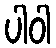
ပါဝါ